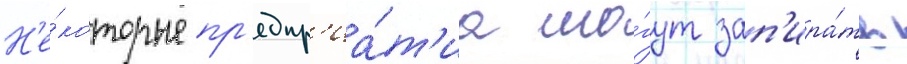
Н'е́которые пр'едпр'иа́т'иа мо́гут зап'ира́ть